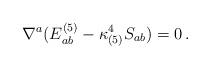
LaTeX: \begin{align*}\nabla^a (E^{(5)}_{ab}-\kappa^4_{(5)}S_{ab}) = 0 \,. \end{align*}